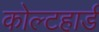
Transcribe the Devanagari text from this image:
कोल्टहार्ड